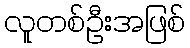
လူတစ်ဦးအဖြစ်